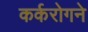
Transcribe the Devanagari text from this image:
कर्करोगने